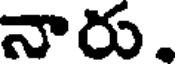
నారు.